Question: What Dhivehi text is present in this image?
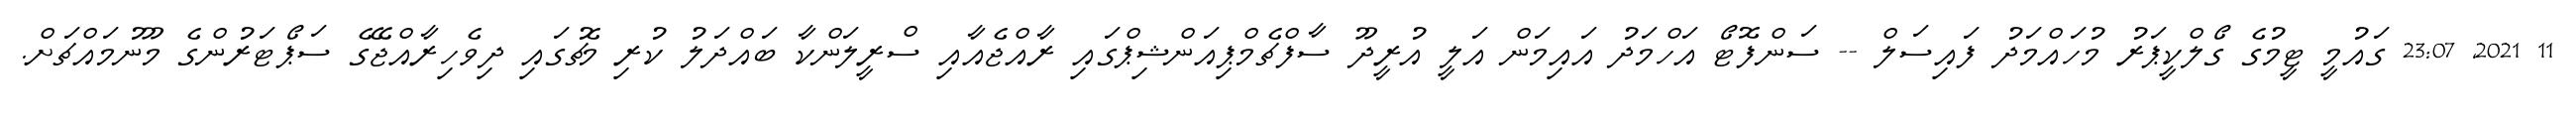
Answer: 11 2021, 23:07 ގައުމީ ޓީމުގެ ގޯލްކީޕަރު މުހައްމަދު ފައިސަލް -- ސަންފޮޓޯ އަހްމަދު އައިމަން އަލީ އުރީދޫ ސާފްޗެމްޕިއަންޝިޕްގައި ރާއްޖެއާއި ސްރީލަންކާ ބައްދަލު ކުރި މެޗުގައި ދިވެހިރާއްޖޭގެ ސަޕޯޓަރުންގެ މޫނުމައްޗަށް.